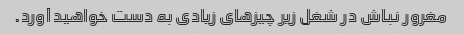
مغرور نباش در شغل زیر چیزهای زیادی به دست خواهید آورد.